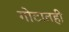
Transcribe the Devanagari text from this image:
गोटातही